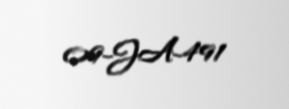
09-JA-491